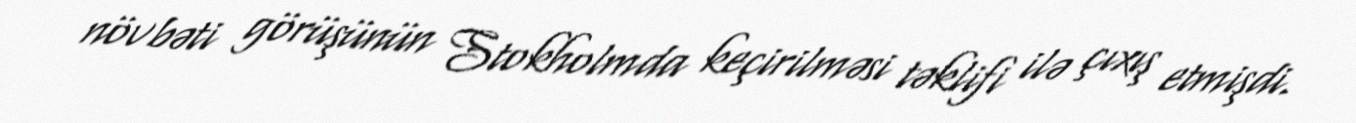
növbəti görüşünün Stokholmda keçirilməsi təklifi ilə çıxış etmişdi.